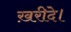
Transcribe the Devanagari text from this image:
ख़रीदे।